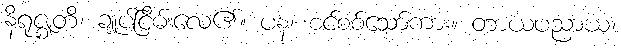
နိရုဇ္ဈတိ၊ ချုပ်ငြိမ်းလေ၏။ ပန၊ စင်စစ်သော်ကား။ တာယပညာယ၊